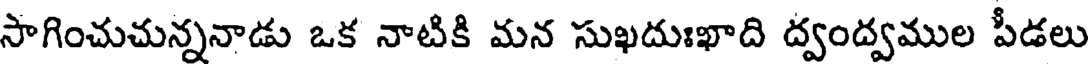
సాగించుచున్ననాడు ఒక నాటికి మన సుఖదుఃఖాది ద్వంద్వముల పీడలు